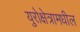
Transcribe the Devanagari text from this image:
युरोक्षेत्रामधील